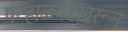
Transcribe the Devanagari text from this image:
पन्हाळगडावरून